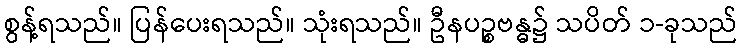
စွန့်ရသည်။ ပြန်ပေးရသည်။ သုံးရသည်။ ဦနပဉ္စဗန္ဓ၌ သပိတ် ၁-ခုသည်